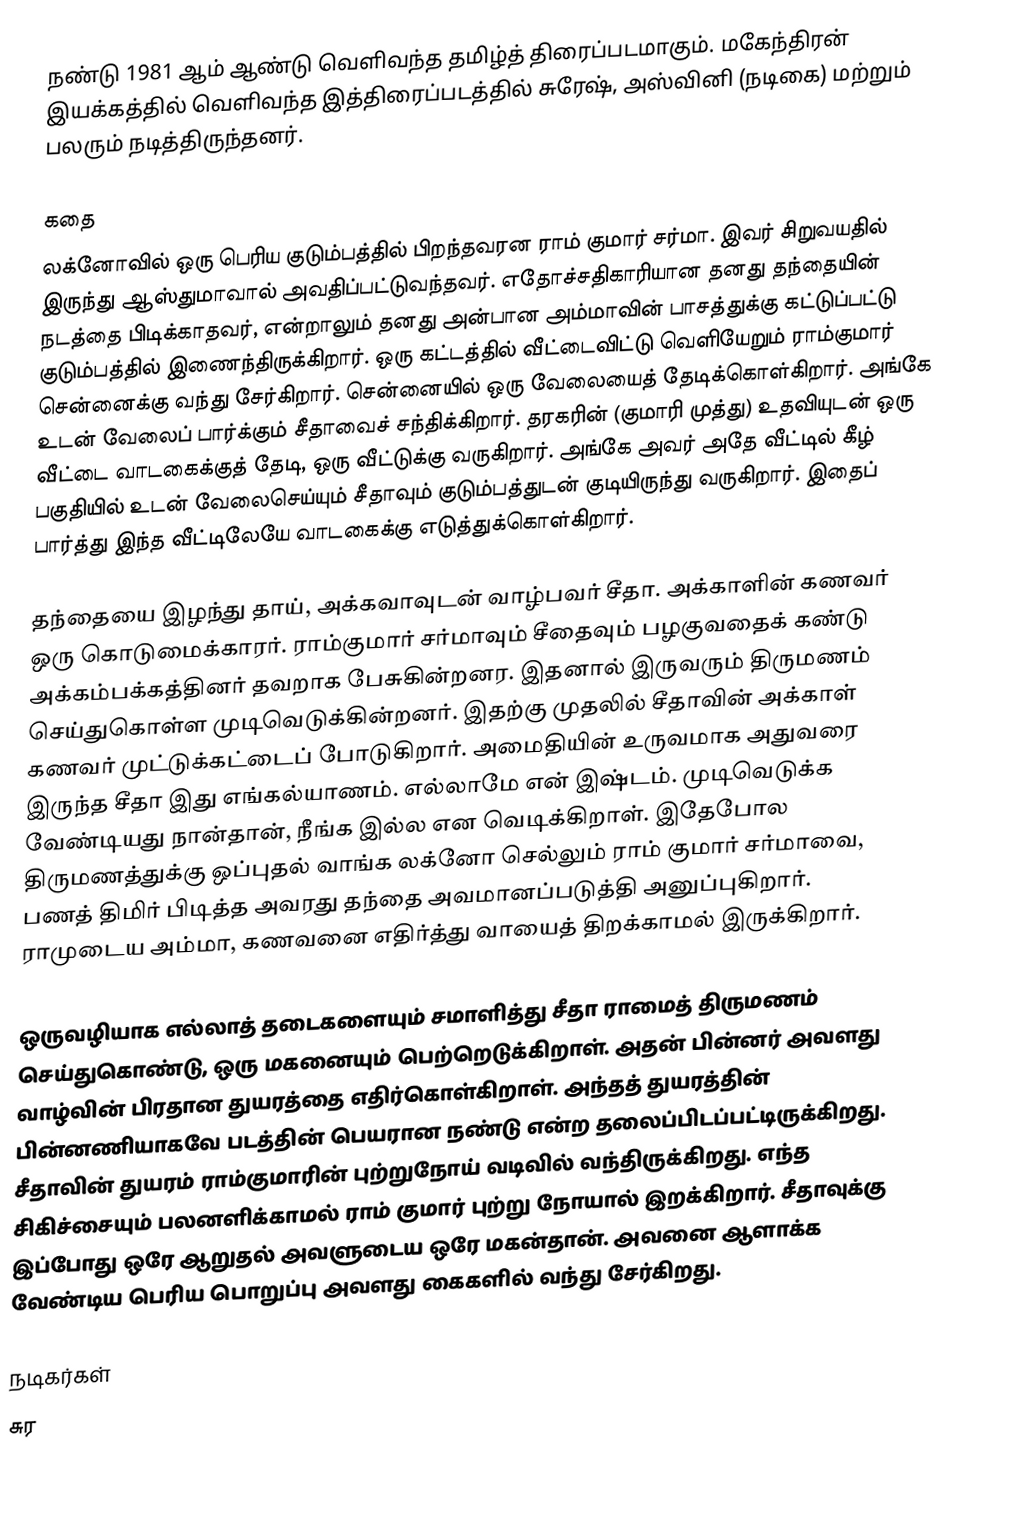
நண்டு 1981 ஆம் ஆண்டு வெளிவந்த தமிழ்த் திரைப்படமாகும். மகேந்திரன் இயக்கத்தில்  வெளிவந்த இத்திரைப்படத்தில் சுரேஷ், அஸ்வினி (நடிகை) மற்றும் பலரும் நடித்திருந்தனர்.

கதை
லக்னோவில் ஒரு பெரிய குடும்பத்தில் பிறந்தவரன ராம் குமார் சர்மா. இவர் சிறுவயதில் இருந்து ஆஸ்துமாவால் அவதிப்பட்டுவந்தவர். எதோச்சதிகாரியான தனது தந்தையின் நடத்தை பிடிக்காதவர், என்றாலும் தனது அன்பான அம்மாவின் பாசத்துக்கு கட்டுப்பட்டு குடும்பத்தில் இணைந்திருக்கிறார். ஒரு கட்டத்தில் வீட்டைவிட்டு வெளியேறும் ராம்குமார் சென்னைக்கு வந்து சேர்கிறார். சென்னையில்  ஒரு வேலையைத் தேடிக்கொள்கிறார். அங்கே உடன் வேலைப் பார்க்கும் சீதாவைச் சந்திக்கிறார். தரகரின் (குமாரி முத்து) உதவியுடன் ஒரு வீட்டை வாடகைக்குத் தேடி, ஒரு வீட்டுக்கு வருகிறார். அங்கே அவர் அதே வீட்டில் கீழ் பகுதியில் உடன் வேலைசெய்யும் சீதாவும் குடும்பத்துடன் குடியிருந்து வருகிறார். இதைப் பார்த்து இந்த வீட்டிலேயே வாடகைக்கு எடுத்துக்கொள்கிறார்.

தந்தையை இழந்து தாய், அக்கவாவுடன் வாழ்பவர் சீதா. அக்காளின் கணவர் ஒரு கொடுமைக்காரர்.  ராம்குமார் சர்மாவும் சீதைவும் பழகுவதைக் கண்டு அக்கம்பக்கத்தினர் தவறாக பேசுகின்றனர. இதனால் இருவரும் திருமணம் செய்துகொள்ள முடிவெடுக்கின்றனர். இதற்கு முதலில் சீதாவின் அக்காள் கணவர் முட்டுக்கட்டைப் போடுகிறார். அமைதியின் உருவமாக அதுவரை இருந்த சீதா இது எங்கல்யாணம். எல்லாமே என் இஷ்டம். முடிவெடுக்க வேண்டியது நான்தான், நீங்க இல்ல என வெடிக்கிறாள். இதேபோல திருமணத்துக்கு ஒப்புதல் வாங்க லக்னோ செல்லும் ராம் குமார் சர்மாவை, பணத் திமிர் பிடித்த அவரது தந்தை  அவமானப்படுத்தி அனுப்புகிறார். ராமுடைய அம்மா, கணவனை எதிர்த்து வாயைத் திறக்காமல் இருக்கிறார்.

ஒருவழியாக எல்லாத் தடைகளையும் சமாளித்து சீதா ராமைத் திருமணம் செய்துகொண்டு, ஒரு மகனையும் பெற்றெடுக்கிறாள். அதன் பின்னர் அவளது வாழ்வின் பிரதான துயரத்தை எதிர்கொள்கிறாள். அந்தத் துயரத்தின் பின்னணியாகவே படத்தின் பெயரான நண்டு என்ற தலைப்பிடப்பட்டிருக்கிறது. சீதாவின் துயரம் ராம்குமாரின் புற்றுநோய் வடிவில் வந்திருக்கிறது. எந்த சிகிச்சையும் பலனளிக்காமல் ராம் குமார் புற்று நோயால் இறக்கிறார். சீதாவுக்கு இப்போது ஒரே ஆறுதல் அவளுடைய ஒரே மகன்தான். அவனை ஆளாக்க வேண்டிய பெரிய பொறுப்பு அவளது கைகளில் வந்து சேர்கிறது.

நடிகர்கள்
 சுர